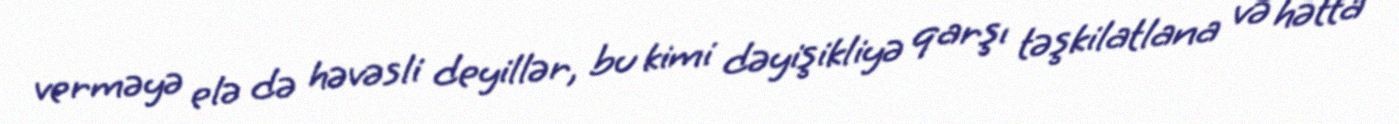
verməyə elə də həvəsli deyillər, bu kimi dəyişikliyə qarşı təşkilatlana və hətta